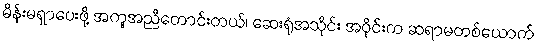
မိန်းမရှာပေးဖို့ အကူအညီတောင်းတယ်၊ ဆေးရုံအသိုင်း အဝိုင်းက ဆရာမတစ်ယောက်